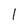
Character: l